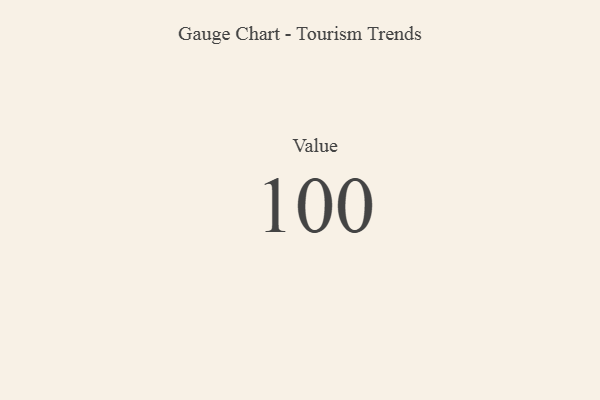
{"axis": {"x": "Metric", "y": "Value"}, "legend": [""], "data": [{"x": "Value", "y": 100, "type": ""}]}